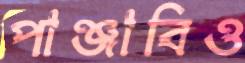
পাঞ্জাবিও